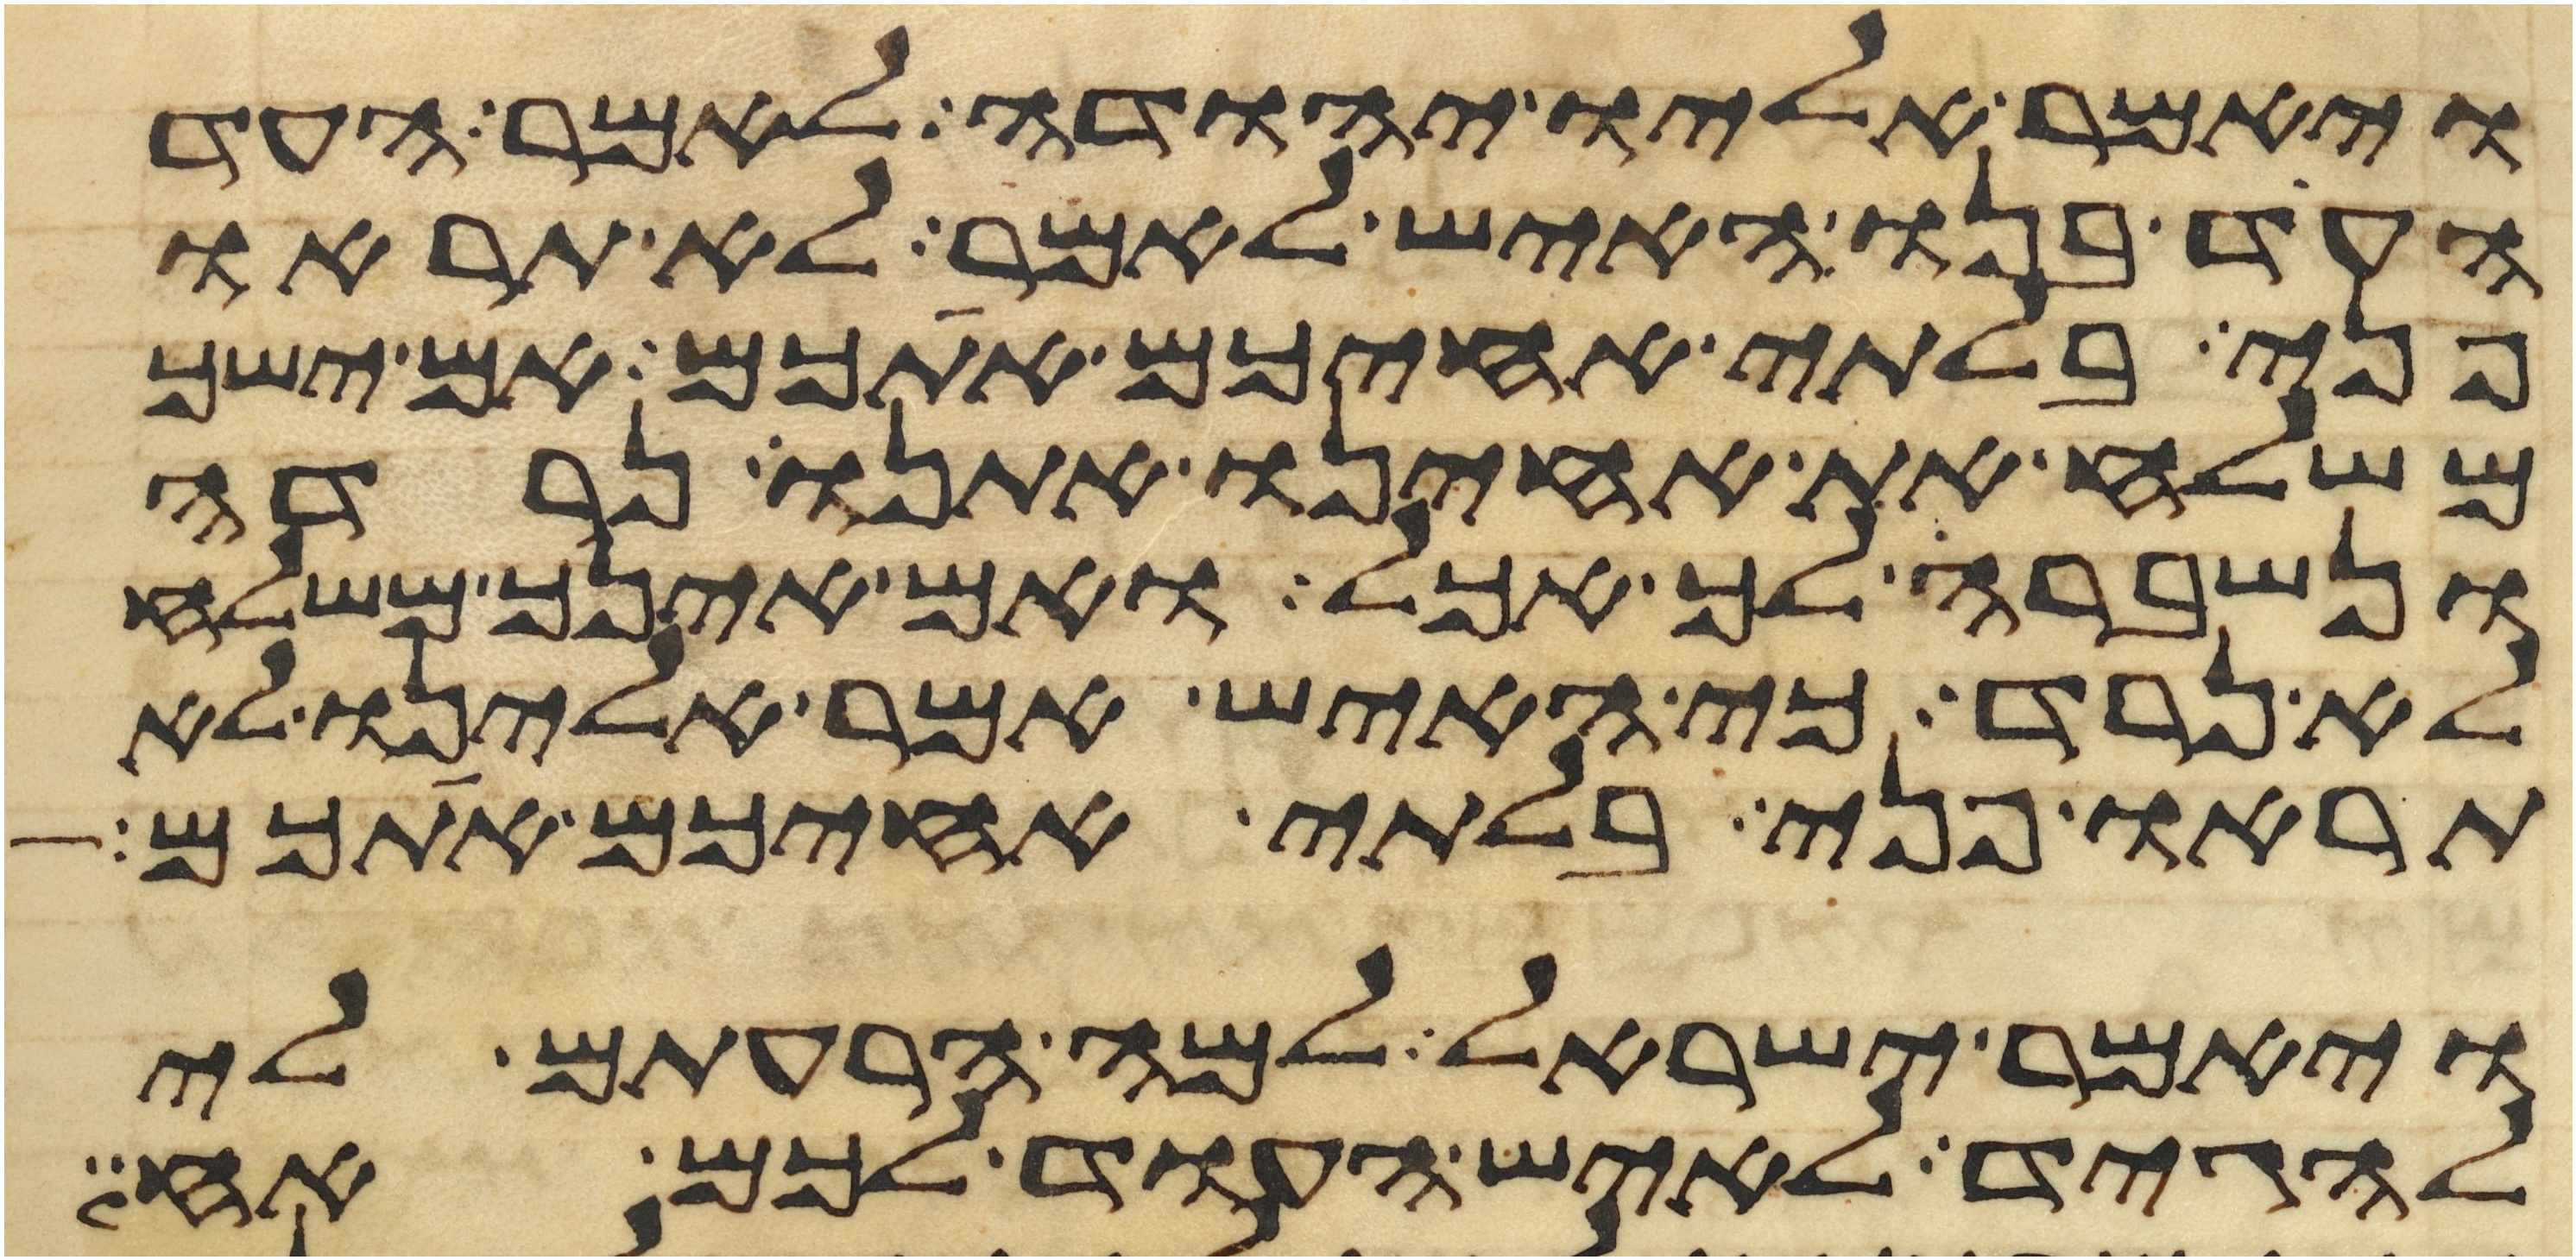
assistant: ויאמר אליו יהודה לאמר העד
העד בנו האיש לאמר לא תראו
פני בלתי אחיכם אתכם אם ישך
משלח את אחינו אתנו נרדה
ונשברה לך אכל ואם אינך משלח
לא נרד כי האיש אמר אלינו לא
תראו פני בלתי אחיכם אתכם
ויאמר ישראל למה הרעתם לי
להגיד לאיש העוד לכם אח